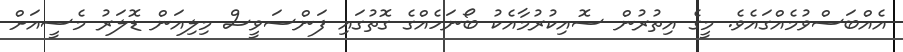
އެއްބަސްވުމެއްގައެވެ. މީގެ އިތުރުން ސޮއިކުރުމާއެކު ބޯނަހެއްގެ ގޮތުގައި ފަންސަވީސް މިލިއަން ޑޮލަރު މެސީއަށް